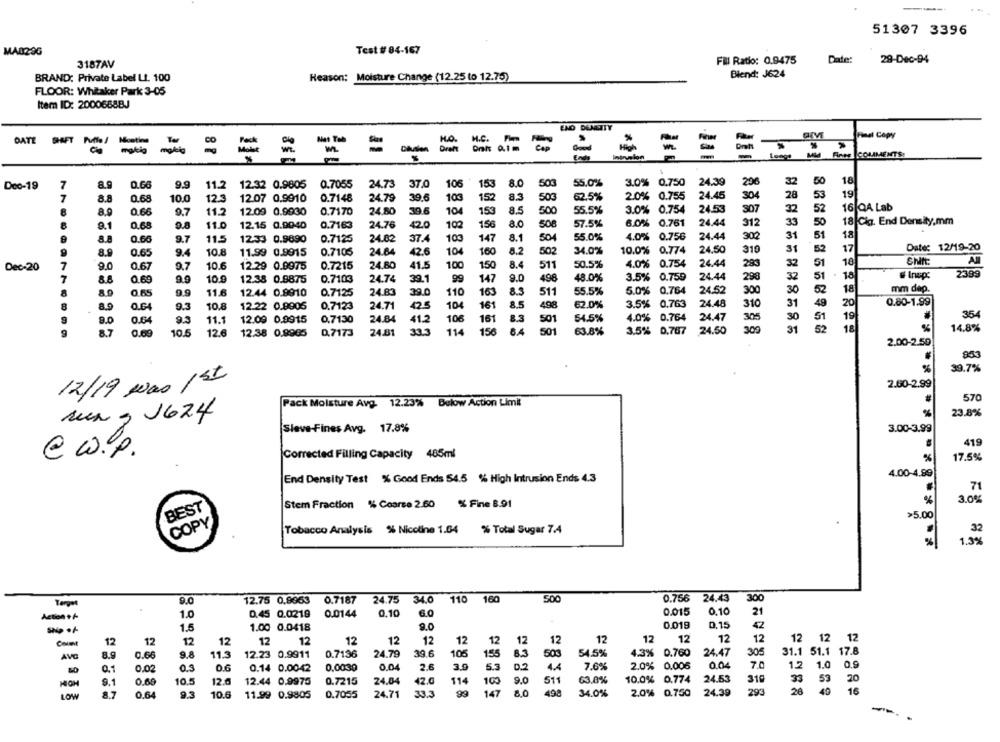
51307 3396
MA029G
Test #84-167
Fill Ratio: 0.9475
Date:
29-Dec-94
3187AV
Blend: J624
BRAND: Private Label LI. 100
Reason: Moisture Change (12.25 to 12.75)
FLOOR: Whitaker Park 3-05
Item ID: 2000668BJ
END DENSITY
Mat Tab
HO. H.C. P
Final Copy
DATE SAFT Polo/ Notion
Draft Ont: 0.1m
=
=
making making
-
Longa
MU Finne COMMENTS:
18
Dec-19
8.9
0.66
9.9
11.2
12.32 0.9805 0.7055
24.73 37.0
106
153
8.0
503
55.0%
3.0% 0.750
24.39
296
32
50
28
19
8.8
0.68
10.0
12.3
12.07 0.9910
0.7148
24.79
39.6
103
152
8.3
503
62.5%
2.0% 0.755
24.45
304
53
24.53
807
16 QA Lab
8.9
0.66
9.7
11.2
12.09 0.9930
0.7170
24.80
39.6
104
153
8.5
500
55.5%
3.0% 0.754
32
52
8.0
57.5%
6.0% 0.761
24.44
312
33
50
18 Cig. End Density,mm
9.1
0.68
11.0
12.15 0.9040
0.7163
24.76
42.0
10
156
508
9.7
12.33 0.9890
0.7125
24.82
37.4
147
8.1
504
55.0%
4.0% 0.756
24.44
302
31
51
18
8.8
0.60
11.5
103
8.9
0.65
9.4
10.8
11.99 0.9915
0.7105
24.64
42.6
104
160
8.2
502
34.0%
10.0% 0.774
24.50
310
31
52
17
Date: 12/19-20
32
Dec-20
9.0
0.67
9.7
10.6
12.29 0.9975
0.7215
24.80
41.5
100
150
8.4
511
50.5%
4.0% 0.754
24.44
283
51
18
Shift:
. 18
2399
0.69
9.9
10.9
12.38 0.8875
0.7103
24.74
39.1
99
147
9.0
498
48.0%
3.5% 0.759
24.44
296
32
51
8.3
5.0%
0.764
24.52
300
30
52
18
mm dep.
0.65
9.9
11.6
12.44 0.8910
0.7125
24.83
39.0
110
163
511
55.5%
12.22 0.9905
0.7123
24.71
104
161
8.5
498
62.0%
3.5%
0.763
24.48
310
31
49
20
0.80-1.99
O.G
9.3
10.8
9.0
0.64
9.5
11.1
12.09 0.9915
0,7130
24.84
41.2
106
16
83
501
54.5%
4.0% 0.764
24.47
305
30
51
19
354
31
18
87
0.69
10.5
12.6
12.38 0.9965
0.7173
24.81
33.3
114
156
8.4
50
63.8%
3.5% 0.767
24.50
52
%
14.8%
2.00-2.50
953
%
39.7%
12/19 Was 1st
2.60-2.99
570
Pack Moisture Avg. 12.23% Below Action Limit
%
23.8%
sun , 1624
Slave-Fines Avg. 17.8%
3.00-3.99
419
@ w ...
Corrected Filling Capacity 485ml
%
17.5%
4.00-4.89
End Density Test % Good Ends 54.5 %% High Intrusion Ends 4.3
71
Stem Fraction % Coarse 2.60 % Fine 8.91
%
3.0%
BEST
>5.00
COPY
Tobacco Analysis % Nicoline 1.04
% Total Sugar 7.4
.
32
1.3%
%
9.0
12.75 0.8953
0.7187
24.75
34.0
110 160
500
0.756 24.43
300
Action +/
1.0
0.45 0.0219
0.0144
0.10
6.0
0.015
0.10
21
0.019
0.15
1.5
1.00 0.0418
9.0
42
12
12
12
12
12
12
12
12
12
12
12
12
12
12
12
12
12
12
12 12 12
8.9
12.23 0.9911
0.7136
24.79
39.6
105
155
8.3
54.5%
4.3% 0.760
24.47
305
31.1 51.1 17.8
AVO
0.66
9.8
11.3
503
0.1
0.02
0.3
0.6
0.14 0.0042
0,0039
0.04
2.6
3.9
5.3
0.2
7.6%
2.0% 0.006
0.04
7.0
1.2 1.0
9.1
0.68
10.5
12.6
12.44 0.9975
0.7215
24.04
42.0
114
100
9.0
511
63.8%
10.0% 0.774
24.53
319
33
53
20
26
49
16
LOW
8.7
0.64
9.3
10.6
11.99 0.9805
0.7055
24.71
33.3
99
147
8,0
498
34.0%
2.0% 0.750
24.39
293